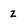
Character: z